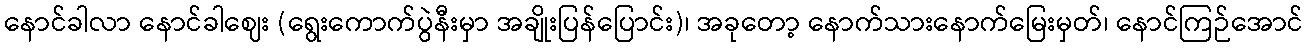
နောင်ခါလာ နောင်ခါဈေး (ရွေးကောက်ပွဲနီးမှာ အချိုးပြန်ပြောင်း)၊ အခုတော့ နောက်သားနောက်မြေးမှတ်၊ နောင်ကြဉ်အောင်